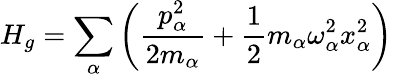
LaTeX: H_{g}=\sum_{\alpha}\left(\frac{p_{\alpha}^{2}}{2m_{\alpha}}+\frac{1}{2}m_{\alpha}\omega_{\alpha}^{2}x_{\alpha}^{2}\right)